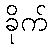
ခိုက်